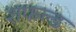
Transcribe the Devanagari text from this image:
शफल्ड